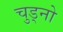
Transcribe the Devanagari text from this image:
चुड्नो